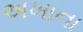
અખાના